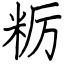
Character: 粝